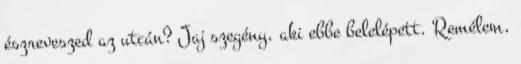
észreveszed az utcán? Jaj szegény, aki ebbe belelépett. Remélem,